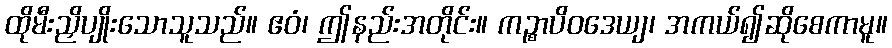
ထိုမီးညှိပျိုးသောသူသည်။ ဧဝံ၊ ဤနည်းအတိုင်း။ ကဉ္စာပိဝဒေယျ၊ အကယ်၍ဆိုစေကာမူ။